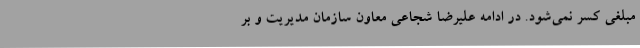
مبلغی کسر نمی‌شود. در ادامه علیرضا شجاعی معاون سازمان مدیریت و بر